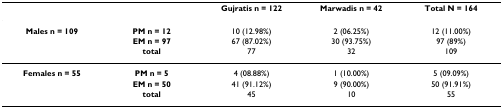
<table><thead><tr><td></td><td></td><td><b>Gujratis n = 122</b></td><td><b>Marwadis n = 42</b></td><td><b>Total N = 164</b></td></tr></thead><tbody><tr><td><b>Males n = 109</b></td><td><b>PM n = 12</b></td><td>10 (12.98%)</td><td>2 (06.25%)</td><td>12 (11.00%)</td></tr><tr><td></td><td><b>EM n = 97</b></td><td>67 (87.02%)</td><td>30 (93.75%)</td><td>97 (89%)</td></tr><tr><td></td><td><b>total</b></td><td>77</td><td>32</td><td>109</td></tr><tr><td><b>Females n = 55</b></td><td><b>PM n = 5</b></td><td>4 (08.88%)</td><td>1 (10.00%)</td><td>5 (09.09%)</td></tr><tr><td></td><td><b>EM n = 50</b></td><td>41 (91.12%)</td><td>9 (90.00%)</td><td>50 (91.91%)</td></tr><tr><td></td><td><b>total</b></td><td>45</td><td>10</td><td>55</td></tr></tbody></table>